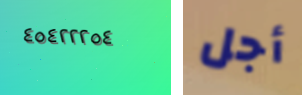
٤٥٤٢٢٢٥٤ أجل